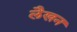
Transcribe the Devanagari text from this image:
लैखन